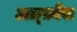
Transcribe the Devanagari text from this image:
अल्फ़ोंस